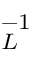
_ L ^ { - 1 }